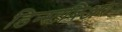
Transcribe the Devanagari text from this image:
डिन्स्टबिअर